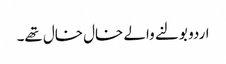
اردو بولنے والے خال خال تھے۔